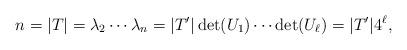
LaTeX: \begin{align*}n = |T|=\lambda_2\cdots\lambda_n=|T'|\det(U_1)\cdots\det(U_\ell)=|T'|4^\ell,\end{align*}